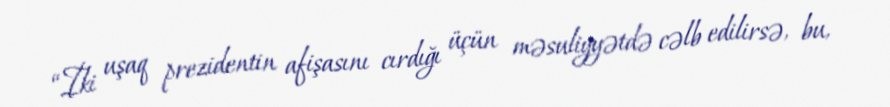
“İki uşaq prezidentin afişasını cırdığı üçün məsuliyyətdə cəlb edilirsə, bu,